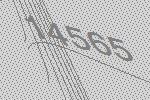
14565